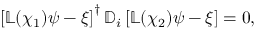
\begin{array} { r } { \left[ \mathbb { L } ( \chi _ { 1 } ) \psi - \xi \right] ^ { \dagger } \mathbb { D } _ { i } \left[ \mathbb { L } ( \chi _ { 2 } ) \psi - \xi \right] = 0 , } \end{array}